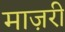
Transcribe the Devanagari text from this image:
माज़री